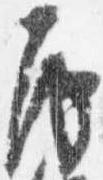
房